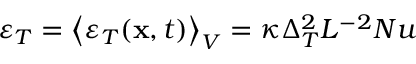
\varepsilon _ { T } = \left\langle \varepsilon _ { T } ( \mathbf { x } , t ) \right\rangle _ { V } = \kappa \Delta _ { T } ^ { 2 } L ^ { - 2 } N u